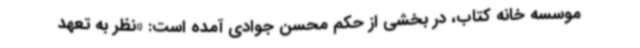
موسسه خانه کتاب، در بخشی از حکم محسن جوادی آمده است: «نظر به تعهد